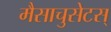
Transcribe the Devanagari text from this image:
मैसाचुसेटस्